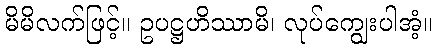
မိမိလက်ဖြင့်။ ဥပဋ္ဌဟိဿာမိ၊ လုပ်ကျွေးပါအံ့။